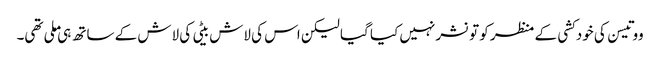
ووتیسن کی خودکشی کے منظر کو تو نشر نہیں کیا گیا لیکن اس کی لاش بیٹی کی لاش کے ساتھ ہی ملی تھی۔